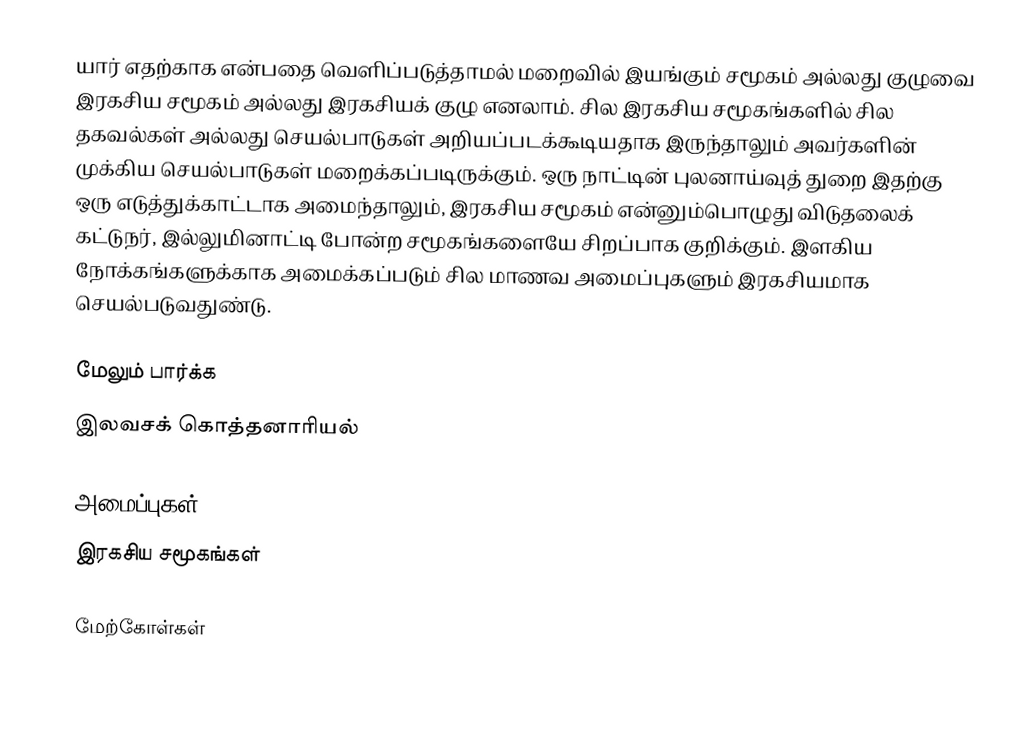
யார் எதற்காக என்பதை வெளிப்படுத்தாமல் மறைவில் இயங்கும் சமூகம் அல்லது குழுவை இரகசிய சமூகம் அல்லது இரகசியக் குழு எனலாம்.  சில இரகசிய சமூகங்களில் சில தகவல்கள் அல்லது செயல்பாடுகள் அறியப்படக்கூடியதாக இருந்தாலும் அவர்களின் முக்கிய செயல்பாடுகள் மறைக்கப்படிருக்கும்.  ஒரு நாட்டின் புலனாய்வுத் துறை இதற்கு ஒரு எடுத்துக்காட்டாக அமைந்தாலும், இரகசிய சமூகம் என்னும்பொழுது விடுதலைக் கட்டுநர், இல்லுமினாட்டி போன்ற சமூகங்களையே சிறப்பாக குறிக்கும்.  இளகிய நோக்கங்களுக்காக அமைக்கப்படும் சில மாணவ அமைப்புகளும் இரகசியமாக செயல்படுவதுண்டு.

மேலும் பார்க்க
 இலவசக் கொத்தனாரியல்

அமைப்புகள்
இரகசிய சமூகங்கள்

மேற்கோள்கள்